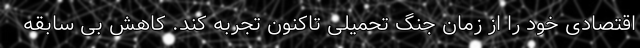
اقتصادی خود را از زمان جنگ تحمیلی تاکنون تجربه کند. کاهش بی سابقه